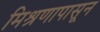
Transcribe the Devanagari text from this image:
मिश्रणापासून